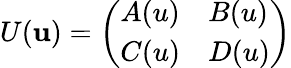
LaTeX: U(\mathbf{u})=\left(\begin{array}{ll}{{A(u)}}&{{B(u)}}\\ {{C(u)}}&{{D(u)}}\end{array}\right)